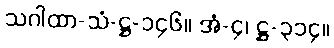
သဂါထာ-သံ-ဋ္ဌ-၁၄၆။ အံ-၄၊ ဋ္ဌ-၃၁၄။